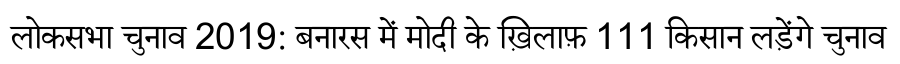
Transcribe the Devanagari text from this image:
लोकसभा चुनाव 2019: बनारस में मोदी के ख़िलाफ़ 111 किसान लड़ेंगे चुनाव